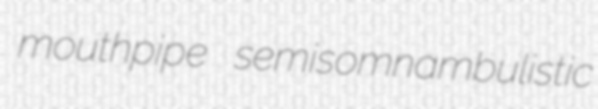
mouthpipe semisomnambulistic